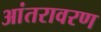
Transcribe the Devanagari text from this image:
आंतरावरण